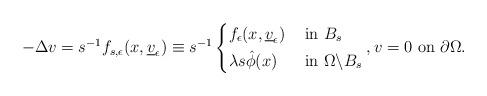
LaTeX: \begin{align*} -\Delta v= s^{-1}f_{s,\epsilon}(x,\underline{v}_{\epsilon})\equiv s^{-1}\left\{\begin{aligned} &f_{\epsilon}(x,\underline{v}_{\epsilon})\,\,&&\mbox{in }B_s\\ &\lambda s\hat{\phi}(x)\,\,&&\mbox{in }\Omega\backslash B_s \end{aligned}\right., v=0\mbox{ on }\partial\Omega. \end{align*}